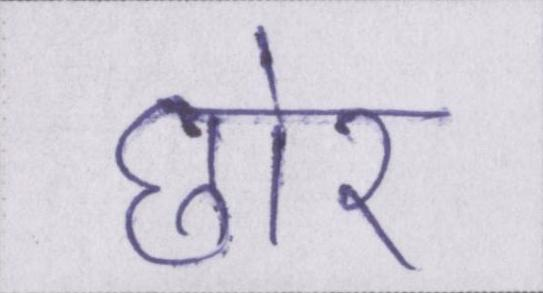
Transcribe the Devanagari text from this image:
छोर